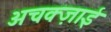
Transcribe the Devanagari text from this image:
अचक्ज़ाई